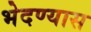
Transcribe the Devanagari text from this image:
भेदण्यास